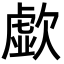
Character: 歔